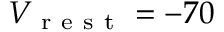
V _ { \mathrm { ~ r ~ e ~ s ~ t ~ } } = - 7 0